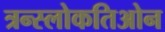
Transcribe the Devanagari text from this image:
त्रन्स्लोकतिओन